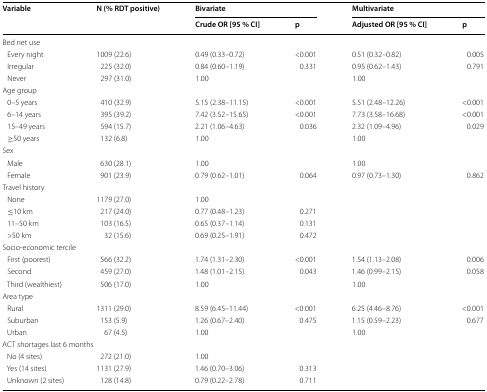
<table><thead><tr><td rowspan="2"><b>Variable</b></td><td rowspan="2"><b>N (% RDT positive)</b></td><td colspan="2"><b>Bivariate</b></td><td colspan="2"><b>Multivariate</b></td></tr><tr><td><b>Crude OR [95 % CI]</b></td><td><b>p</b></td><td><b>Adjusted OR [95 % CI]</b></td><td><b>p</b></td></tr></thead><tbody><tr><td colspan="6">Bed net use</td></tr><tr><td> Every night</td><td>1009 (22.6)</td><td>0.49 (0.33–0.72)</td><td>&lt;0.001</td><td>0.51 (0.32–0.82)</td><td>0.005</td></tr><tr><td> Irregular</td><td>225 (32.0)</td><td>0.84 (0.60–1.19)</td><td>0.331</td><td>0.95 (0.62–1.43)</td><td>0.791</td></tr><tr><td> Never</td><td>297 (31.0)</td><td>1.00</td><td></td><td>1.00</td><td></td></tr><tr><td colspan="6">Age group</td></tr><tr><td> 0–5 years</td><td>410 (32.9)</td><td>5.15 (2.38–11.15)</td><td>&lt;0.001</td><td>5.51 (2.48–12.26)</td><td>&lt;0.001</td></tr><tr><td> 6–14 years</td><td>395 (39.2)</td><td>7.42 (3.52–15.65)</td><td>&lt;0.001</td><td>7.73 (3.58–16.68)</td><td>&lt;0.001</td></tr><tr><td> 15–49 years</td><td>594 (15.7)</td><td>2.21 (1.06–4.63)</td><td>0.036</td><td>2.32 (1.09–4.96)</td><td>0.029</td></tr><tr><td> ≥50 years</td><td>132 (6.8)</td><td>1.00</td><td></td><td>1.00</td><td></td></tr><tr><td colspan="6">Sex</td></tr><tr><td> Male</td><td>630 (28.1)</td><td>1.00</td><td></td><td>1.00</td><td></td></tr><tr><td> Female</td><td>901 (23.9)</td><td>0.79 (0.62–1.01)</td><td>0.064</td><td>0.97 (0.73–1.30)</td><td>0.862</td></tr><tr><td colspan="6">Travel history</td></tr><tr><td> None</td><td>1179 (27.0)</td><td>1.00</td><td></td><td></td><td></td></tr><tr><td> ≤10 km</td><td>217 (24.0)</td><td>0.77 (0.48–1.23)</td><td>0.271</td><td></td><td></td></tr><tr><td> 11–50 km</td><td>103 (16.5)</td><td>0.65 (0.37–1.14)</td><td>0.131</td><td></td><td></td></tr><tr><td> &gt;50 km</td><td>32 (15.6)</td><td>0.69 (0.25–1.91)</td><td>0.472</td><td></td><td></td></tr><tr><td colspan="6">Socio-economic tercile</td></tr><tr><td> First (poorest)</td><td>566 (32.2)</td><td>1.74 (1.31–2.30)</td><td>&lt;0.001</td><td>1.54 (1.13–2.08)</td><td>0.006</td></tr><tr><td> Second</td><td>459 (27.0)</td><td>1.48 (1.01–2.15)</td><td>0.043</td><td>1.46 (0.99–2.15)</td><td>0.058</td></tr><tr><td> Third (wealthiest)</td><td>506 (17.0)</td><td>1.00</td><td></td><td>1.00</td><td></td></tr><tr><td colspan="6">Area type</td></tr><tr><td> Rural</td><td>1311 (29.0)</td><td>8.59 (6.45–11.44)</td><td>&lt;0.001</td><td>6.25 (4.46–8.76)</td><td>&lt;0.001</td></tr><tr><td> Suburban</td><td>153 (5.9)</td><td>1.26 (0.67–2.40)</td><td>0.475</td><td>1.15 (0.59–2.23)</td><td>0.677</td></tr><tr><td> Urban</td><td>67 (4.5)</td><td>1.00</td><td></td><td>1.00</td><td></td></tr><tr><td colspan="6">ACT shortages last 6 months</td></tr><tr><td> No (4 sites)</td><td>272 (21.0)</td><td>1.00</td><td></td><td></td><td></td></tr><tr><td> Yes (14 sites)</td><td>1131 (27.9)</td><td>1.46 (0.70–3.06)</td><td>0.313</td><td></td><td></td></tr><tr><td> Unknown (2 sites)</td><td>128 (14.8)</td><td>0.79 (0.22–2.78)</td><td>0.711</td><td></td><td></td></tr></tbody></table>